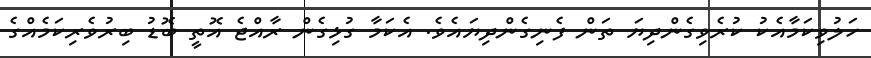
ހަލުވިކަމާއެކު ކުރެވިގެންދިޔަ ތަން ފެނިގެންދިޔައެވެ. އެކަމާ ގުޅިގެން ރާއްޖެ އޮތީ ބޮޑު ބިރުވެރިކަމެއްގެ